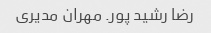
رضا رشید پور. مهران مدیری